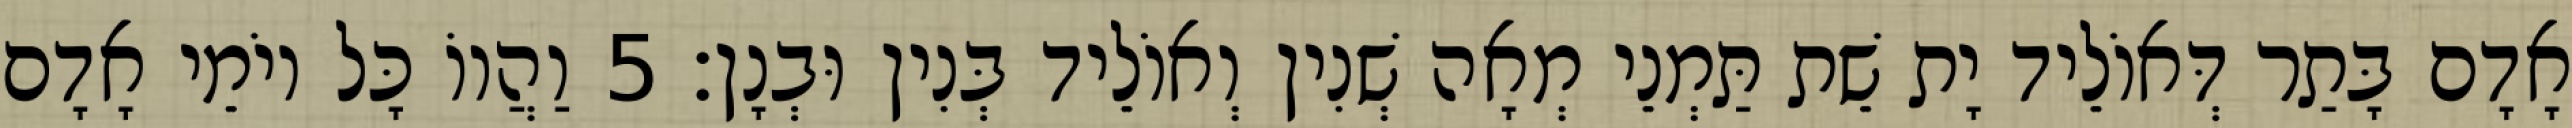
אָדָם בָּתַר דְּאוֹלֵיד יָת שֵׁת תַּמְנֵי מְאָה שְׁנִין וְאוֹלֵיד בְּנִין וּבְנָן׃ 5 וַהֲווֹ כָּל יוֹמֵי אָדָם